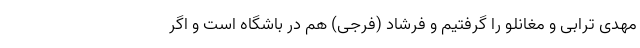
مهدی ترابی و مغانلو را گرفتیم و فرشاد (فرجی) هم در باشگاه است و اگر